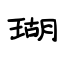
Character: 瑚